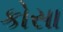
કોસા